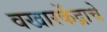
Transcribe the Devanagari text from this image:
वखारकेंद्राचे